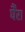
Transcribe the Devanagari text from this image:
र्घैंरा